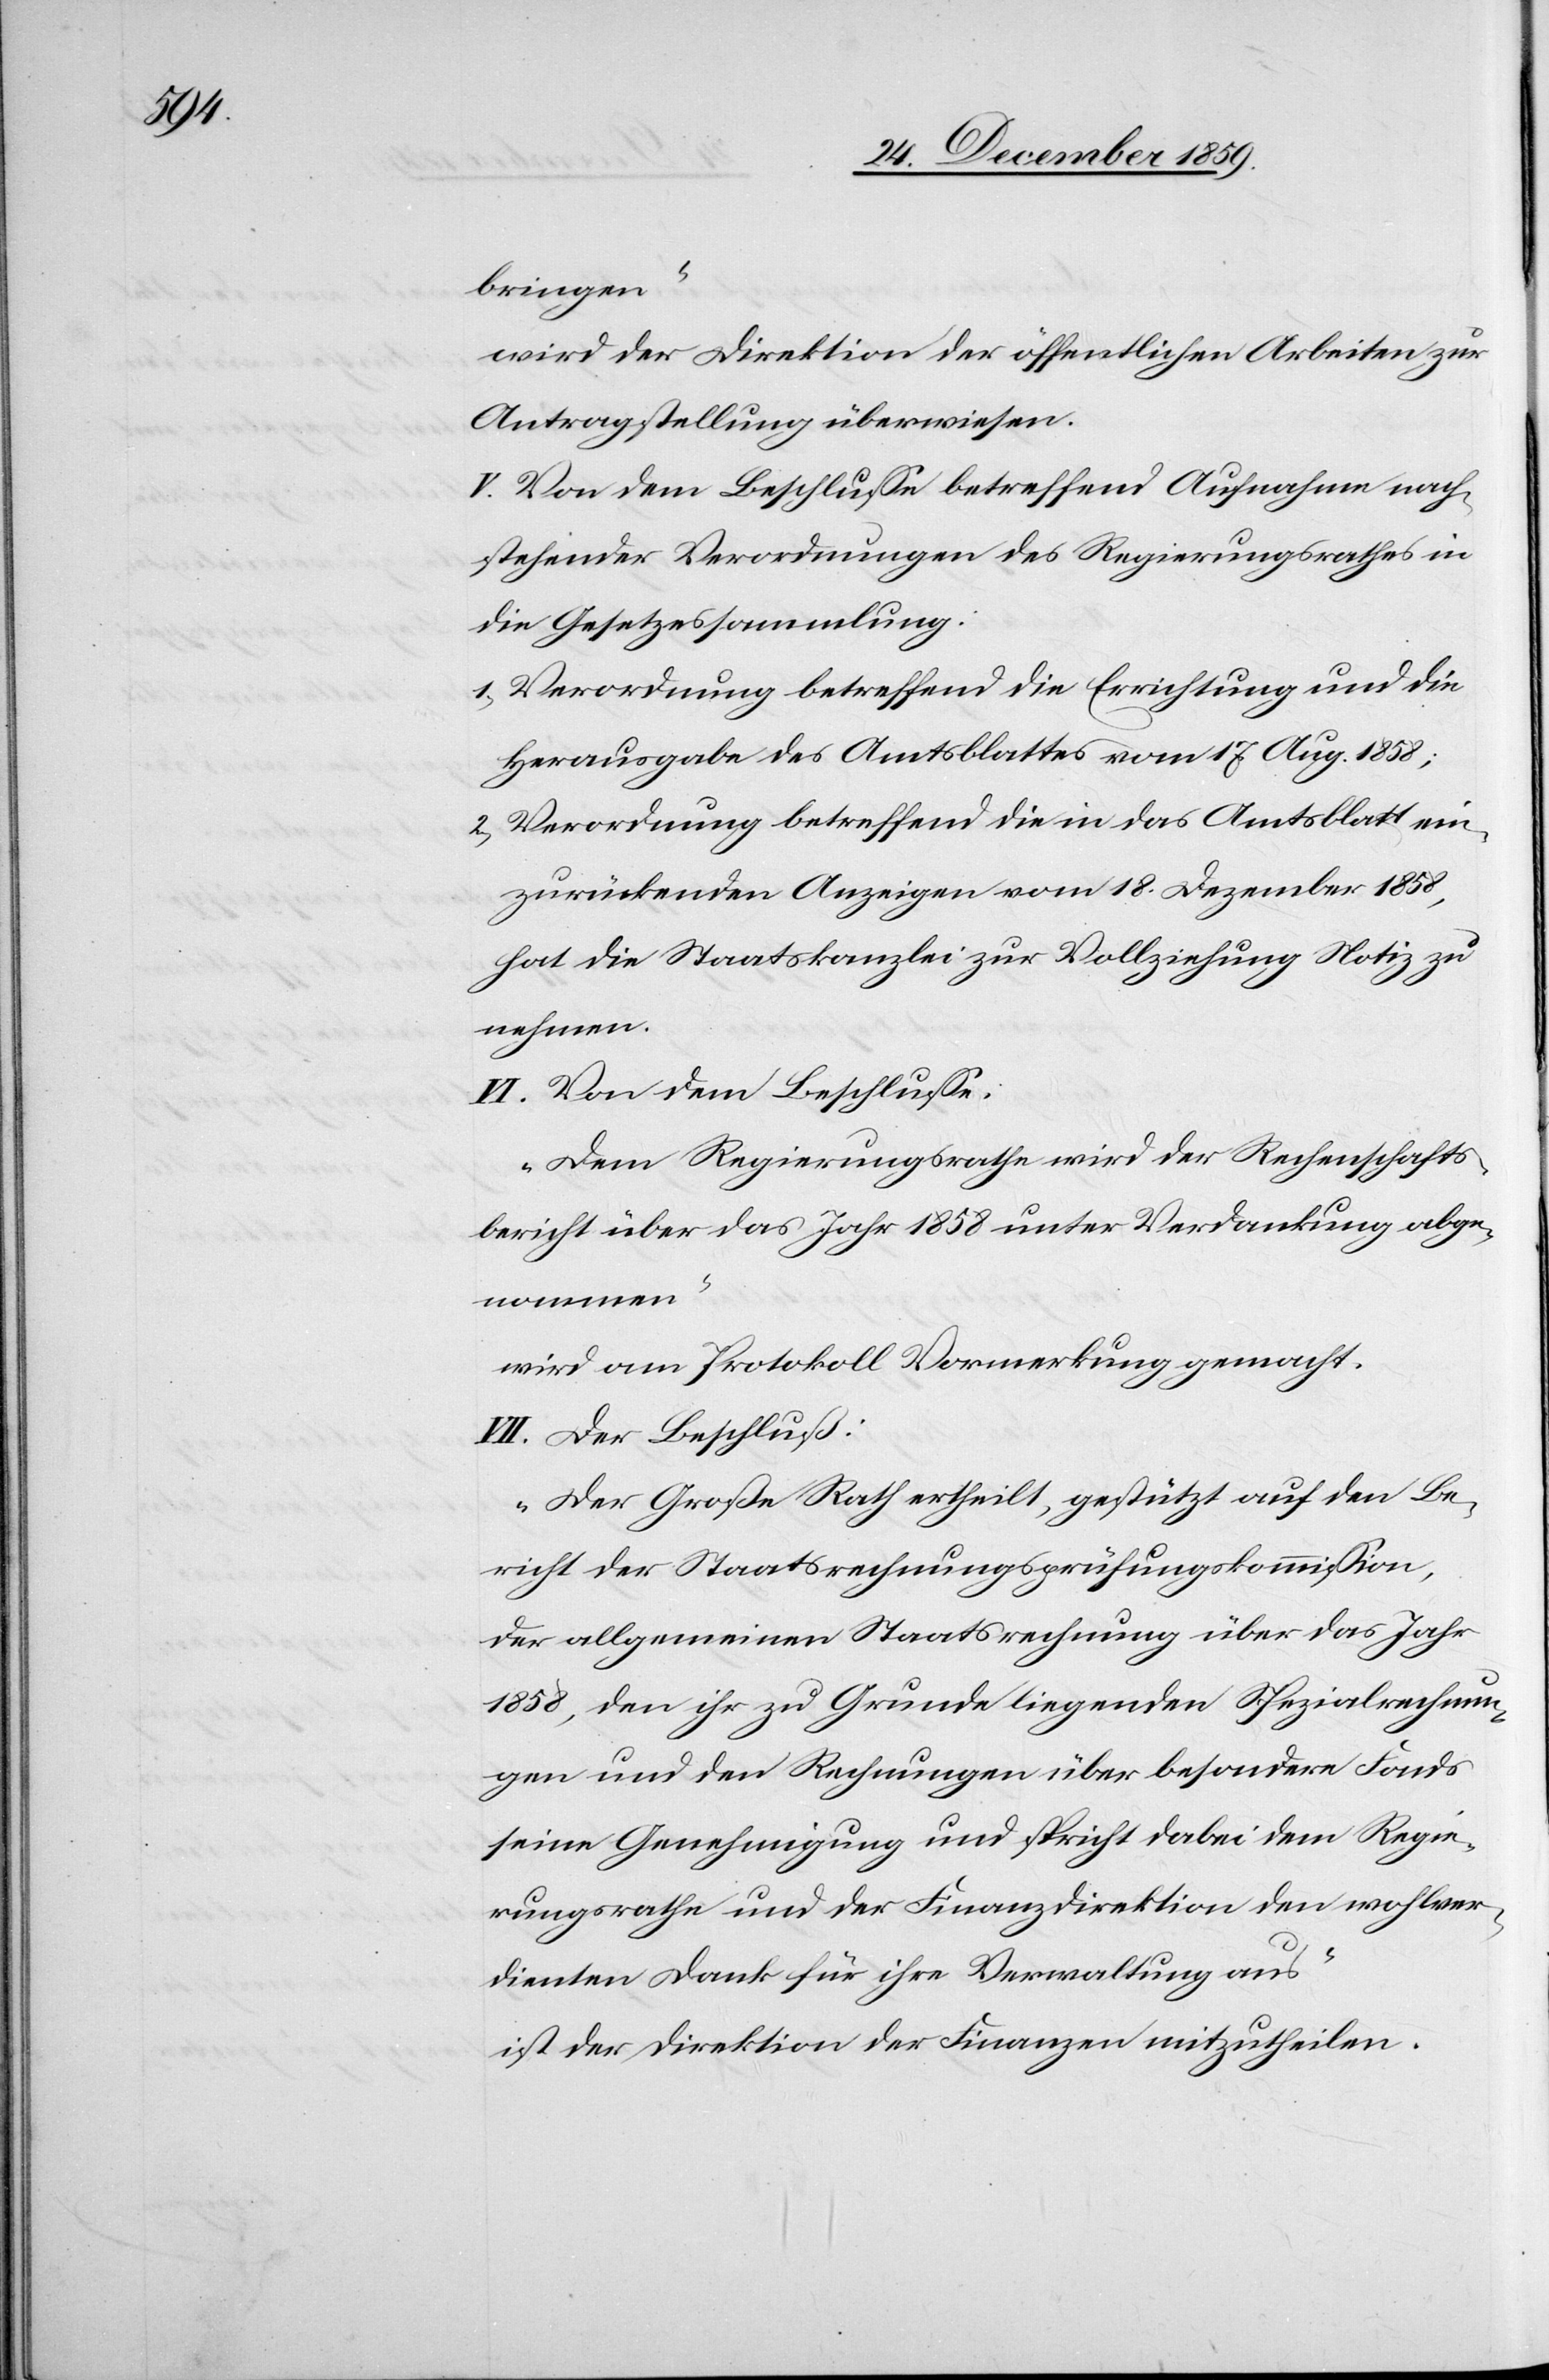
bringen“
wird der Direktion der öffentlichen Arbeiten zur
Antragstellung überwiesen.
V. Von dem Beschlusse betreffend Aufnahme nach¬
stehender Verordnungen des Regierungsrathes in
die Gesetzessammlung:
1.) Verordnung betreffend die Errichtung und die
Herausgabe des Amtsblattes vom 17. Aug. 1858;
2.) Verordnung betreffend die in das Amtsblatt ein¬
zurückenden Anzeigen vom 18. Dezember 1858,
hat die Staatskanzlei zu Vollziehung Notiz zu
nehmen.
VI. Von dem Beschlusse:
„Dem Regierungsrathe wird der Rechenschafts¬
bericht über das Jahr 1858 unter Verdankung abge¬
nommen“
wird am Protokoll Vormerkung gemacht.
VII. Der Beschluß:
„Der Große Rath ertheilt, gestützt auf den Be¬
richt der Staatsrechnungsprüfungskommission,
der allgemeinen Staatsrechnung über das Jahr
1858, den ihr zu Grunde liegenden Spezialrechnun¬
gen und den Rechnungen über besondere Fonds
seine Genehmigung und spricht dabei dem Regie¬
rungsrathe und der Finanzdirektion den wohlver¬
dienten Dank für ihre Verwaltung aus“
ist der Direktion der Finanzen mitzutheilen.